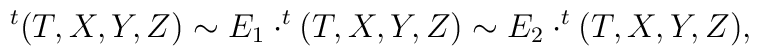
^{t}(T,X,Y,Z)\sim E_{1}\cdot^{t}(T,X,Y,Z)\sim E_{2}\cdot^{t}(T,X,Y,Z),